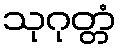
သုဂုတ္တံ